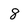
Character: 8